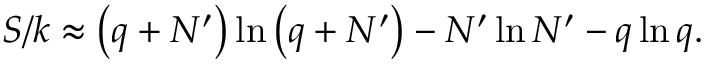
S / k \approx \left( q + N ^ { \prime } \right) \ln \left( q + N ^ { \prime } \right) - N ^ { \prime } \ln N ^ { \prime } - q \ln q .